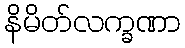
နိမိတ်လက္ခဏာ